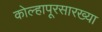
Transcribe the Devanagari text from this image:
कोल्हापूरसारख्या